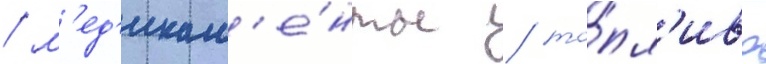
/ м'ед'икам'е́нты / то́пл'иво